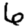
Digit: 6